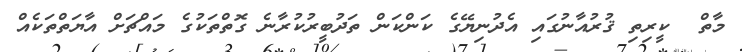
މާތް  ކީރިތި ޤުރުއާނުގައި އެދުނިޔޭގެ ކަންކަން ތަދުބީރުކުރާނެ ގޮތްތަކުގެ މައްޗަށް އާޔަތްތަކެއް